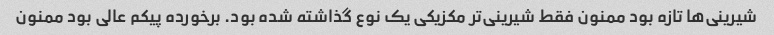
شیرینی‌ها تازه بود ممنون فقط شیرینی‌تر مکزیکی یک نوع گذاشته شده بود. برخورده پیکم عالی بود ممنون